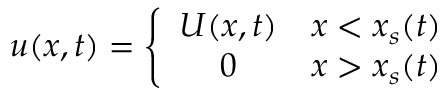
u ( x , t ) = \left\{ \begin{array} { c c } { U ( x , t ) } & { x < x _ { s } ( t ) } \\ { 0 } & { x > x _ { s } ( t ) } \end{array} \right.